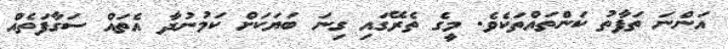
އަންނަ ތަފާތު ކަންތައްތަކެވެ. މީގެ ތެރޭގައި ގިނަ ބަޔަކަށް ކަމުނުދާ އެތައް ސަގާފަތެއް